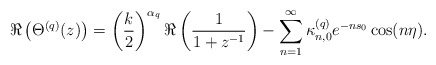
\begin{align*} \Re \left(\Theta^{(q)}(z)\right)= \left(\frac{k}{2}\right)^{\alpha_q} \Re \left(\frac{1}{1+z^{-1}} \right) - \sum\limits_{n=1}^{\infty}\kappa_{n,0}^{(q)} e^{-ns_0}\cos(n\eta). \end{align*}